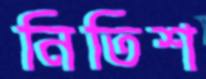
নিতিশ